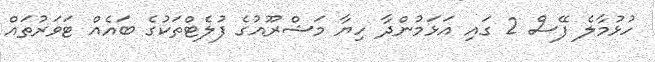
ހުޅުމާލެ ފޭސް 2 ގައި އަޅަމުންދާ ހިޔާ މަޝްރޫއުގެ ފުލެޓްތަކުގެ ބައެއް ޓަވަރުތައް